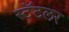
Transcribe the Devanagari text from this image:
स्टॅटलर